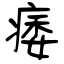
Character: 痿